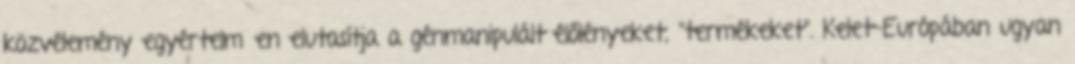
közvélemény egyértelműen elutasítja a génmanipulált élőlényeket, "termékeket". Kelet-Európában ugyan